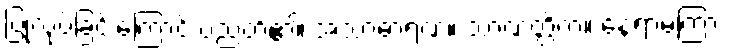
ပြုလုပ်ခြင်းကြောင့် ပညတ်၏၊ အသာဓာရဏ။ သာဏတ္တိက။ နေရာမကြား